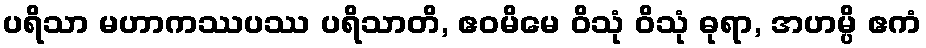
ပရိသာ မဟာကဿပဿ ပရိသာတိ, ဧဝမိမေ ဝိသုံ ဝိသုံ ဓုရာ, အဟမ္ပိ ဧကံ